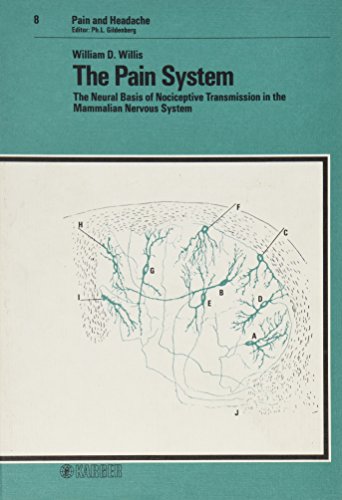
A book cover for The Pain System: The Neural Basis of Nociceptive Transmission in the Mammalian Nervous System (Pain and Headache, Vol. 8); W.D. Willis; Medical Books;